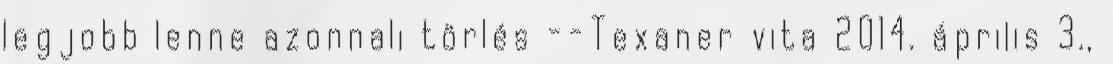
legjobb lenne azonnali törlés --Texaner vita 2014. április 3.,